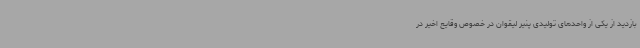
بازدید از یکی از واحدهای تولیدی پنیر لیقوان در خصوص وقایع اخیر در